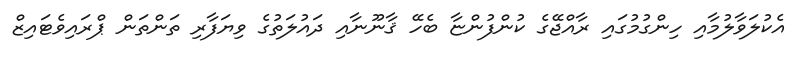
އެކުލަވާލުމާއި ހިންގުމުގައި ރާއްޖޭގެ ކުންފުންޏާ ބެހޭ ޤާނޫނާއި ދައުލަތުގެ ވިޔަފާރި ތަންތަން ޕްރައިވެޓައިޒް